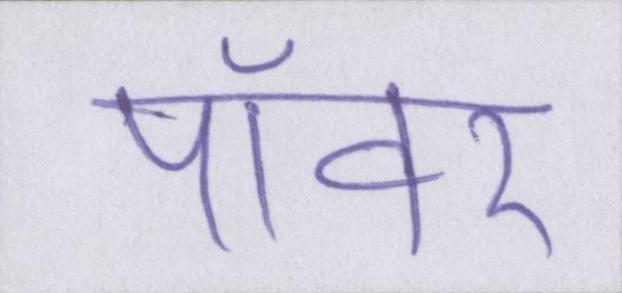
पॉवर